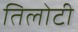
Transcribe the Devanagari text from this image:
तिलोटी